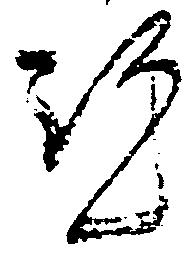
歟